Annual report on the working of the lock hospitals in the Central Provinces
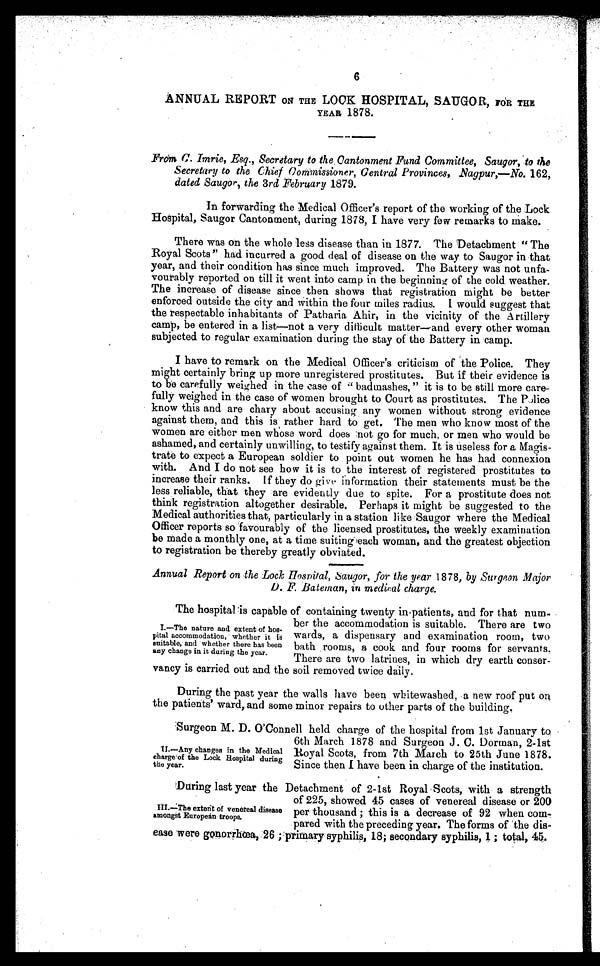
6
ANNUAL REPORT ON THE LOCK HOSPITAL, SAUGOR, FOR THE
YEAR 1878.
From C. Imrie, Esq., Secretary to the . Cantonment Fund Committee, Saugor, to the
Secretary to the Chief Commissioner, Gentral Provinces, Nagpur,—No. 162,
dated Saugor, the 3rd February 1879.
In forwarding the Medical Officer's report of the working of the Locli
Hospital, Saugor Cantonment, during 1878, I have very few remarks to make.
There was on the whole less disease than in 1877. The Detachment “ The
Royal Scots" had incurred a good deal of disease on the way to Saugor in that
year, and their condition has since much improved. The Battery was not unfa-
vourably reported on till it went into camp in the beginning of the cold. weather.
The increase of disease since then shows that registration might he better
enforced outside the city and within the four miles radius. I would suggest that
the respectable inhabitants of Patharia Ahir, in the vicinity of the Artillery
camp, be entered in a list—not a very difficult matter—and every other woman
subjected to regular examination during the stay of the Battery in camp.
I have to remark on the Medical Officer's criticism of the Police. They
might certainly bring up more unregistered prostitutes. But if their evidence is
to be carefully weighed in the ease of " badmashes, " it is to be still more care-
fully weighed in the case of women brought to Court as prostitutes. The Police
know this and are chary about accusing any women without strong evidence
against them, and this is rather hard to get. The men who know most of the
women are either men whose word does.not go for much, or men who would be
ashamed, and certainly unwilling, to testify against them. It is useless for a Magis-
trate to expect a European soldier to point out women he has had connexion
with. And I do not see how it is to the interest of registered prostitutes to
increase their ranks. If they do give information their statements must be the
less reliable, that they are evidently due to spite. For a prostitute does not
think registration altogether desirable. Perhaps it might be suggested to the
Medical authorities that, particularly in a station like Saugor where the Medical
O f f i c e r r e p o r t s s o f a v o u r a b l y o f t h e l i c e n s e d p r o s t i t u t e s , t h e w e e k l y e x a m i n a t i o n
be made a monthly one, at a time suiting each woman, and the greatest objection
to registration be thereby greatly obviated.
Annual Report on the Lock Hospital, Saugor, for the year 1878, by Surgeon Major
D. F. Bateman, in medical charge.
The hospital is capable of containing twenty in-patients, and for that num-
ber the accommodation is suitable. There are two
wards, a dispensary and examination room, two
bath rooms, a cook and four rooms for servants.
There are two latrines, in which dry earth conser-
vancy is carried out and the soil removed twice daily.
During the past year the walls have been whitewashed, a new roof put on
the patients' ward, and some minor repairs to other parts of the building.
I.—The nature and extent of hos-
pital accommodation, whether it is
suitable, and whether there has been
any change in it during the year.
III.—The extent of venereal disease
amongst European troops.
Surgeon M. D. O'Connell held charge of the hospital from 1st January to
6th March 1878 and Surgeon J . C. Dorman, 2-1st
Royal Scots, from 7th March to 25th June 1878.
Since then I have been in charge of the institution.
II.—Any changes in the Medical
charge of the Lock Hospital during
the year.
During last year the Detachment of 2-1st Royal Scots, with a strength
of 225, showed 45 cases of venereal disease or 200
per thousand ; this is a decrease of 92 when com-
pared with the preceding year. The forms of the dis-
ease were gonorrhœa, 26 ; primary syphilis, 18; secondary syphilis, 1 total, 45.